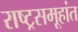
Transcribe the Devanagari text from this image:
राष्ट्रसमूहांत